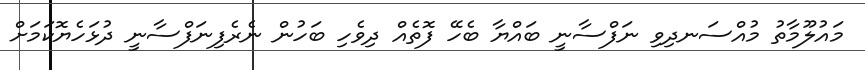
މައުލޫމާތު މުއްސަނދިވި ނަފްސާނީ ބައްޔާ ބެހޭ ފޮތެއް ދިވެހި ބަހުން ނެރެފިނަފްސާނީ ދުޅަހެޔޮކަމަށް